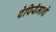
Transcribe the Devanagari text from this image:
पेपियॅमाशे